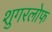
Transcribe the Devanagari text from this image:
शुगरलोफ